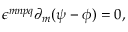
\epsilon ^ { m n p q } \partial _ { m } ( \psi - \phi ) = 0 ,